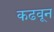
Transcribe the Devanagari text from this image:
कढवून